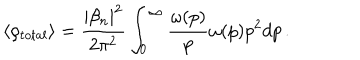
\langle \rho _ { t o t a l } \rangle = \frac { | \beta _ { n } | ^ { 2 } } { 2 \pi ^ { 2 } } \int _ { 0 } ^ { \infty } \frac { \omega ( p ) } { p } \omega ( p ) p ^ { 2 } d p \, .